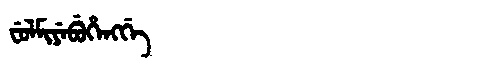
Manchu: ᠸᡠᠯᠮᡳᠶᡝᠪᡠᡥᡝᠩᡤᡝ
Romanization: FULMIYEBUHENGGE